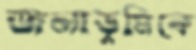
জলাভূমিকে